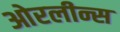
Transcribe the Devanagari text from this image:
ओरलीन्स